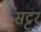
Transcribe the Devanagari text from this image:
सट्टर